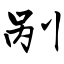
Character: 剐